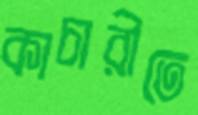
কাচারীতে